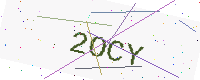
Text: 2OCY